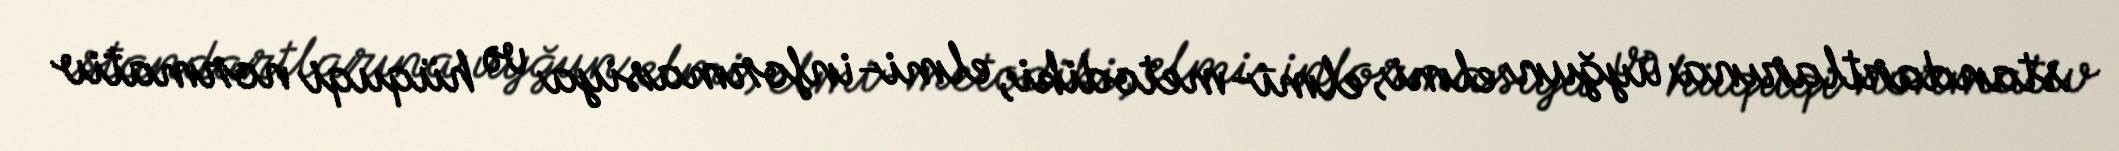
standartlarına uyğun elmi, elmi-metodiki, elmi-informasiya və hüquqi normativ